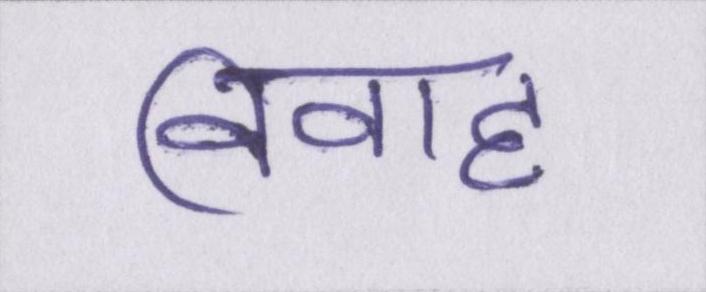
विवाह